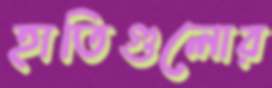
হাতিগুলোর